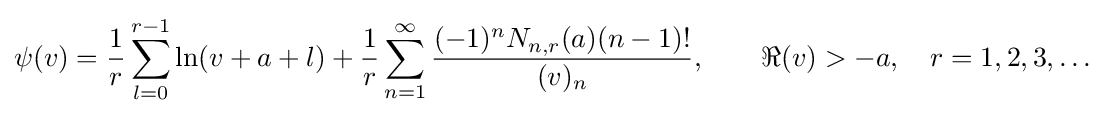
\psi (v)={\frac {1}{r}}\sum _{l=0}^{r-1}\ln(v+a+l)+{\frac {1}{r}}\sum _{n=1}^{\infty }{\frac {(-1)^{n}N_{n,r}(a)(n-1)!}{(v)_{n}}},\qquad \Re (v)>-a,\quad r=1,2,3,\ldots